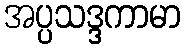
အပ္ပသဒ္ဒကာမာ